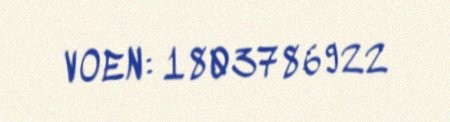
VOEN: 1803786922